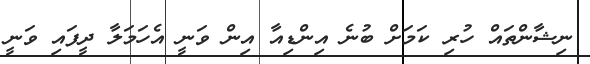
ނިޝާންތައް ހުރި ކަމަށް ބުނެ އިންޑިއާ އިން ވަނީ އެހަމަލާ ދީފައި ވަނީ